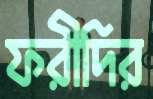
ফরীদির